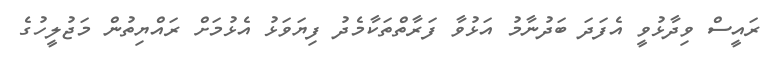
ރައީސް ވިދާޅުވީ އެފަދަ ބަދުނާމު އަޅުވާ ފަރާތްތަކާމެދު ފިޔަވަޅު އެޅުމަށް ރައްޔިތުން މަޖުލީހުގެ